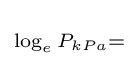
\scriptstyle \log _{e}P_{kPa}=